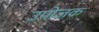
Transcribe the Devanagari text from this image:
उपोजक